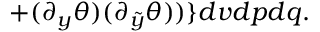
+ ( \partial _ { y } \theta ) ( \partial _ { \tilde { y } } \theta ) ) \} d v d p d q .